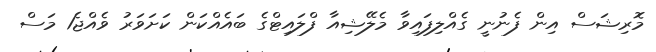
މޮރިޝަސް އިން ފެނުނީ ގެއްލިފައިވާ މެލޭޝިއާ ފްލައިޓްގެ ބައެއްކަން ކަށަވަރު ވެއްޖެ1 މަސް